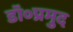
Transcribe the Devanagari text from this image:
डॉ०प्रमुद